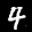
Label: 4